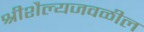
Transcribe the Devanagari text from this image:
श्रीशैल्यजवळील